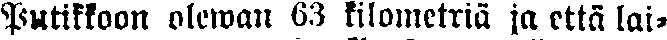
Putikkoon olewan 63 kilometriä ja että lai-